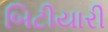
બિટીયારી